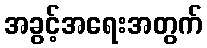
အခွင့်အရေးအတွက်